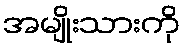
အမျိုးသားကို